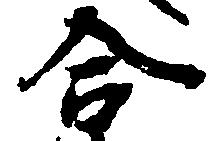
合